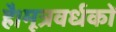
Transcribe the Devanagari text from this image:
है।मूत्रवर्धकों